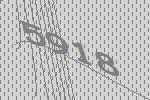
5918